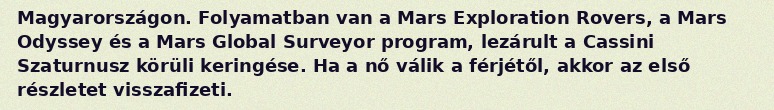
Magyarországon. Folyamatban van a Mars Exploration Rovers, a Mars Odyssey és a Mars Global Surveyor program, lezárult a Cassini Szaturnusz körüli keringése. Ha a nő válik a férjétől, akkor az első részletet visszafizeti.